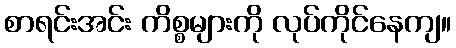
စာရင်းအင်း ကိစ္စများကို လုပ်ကိုင်နေကျ။